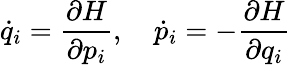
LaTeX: \dot{q}_{i}=\frac{\partial H}{\partial p_{i}},\quad\dot{p}_{i}=-\frac{\partial H}{\partial q_{i}}